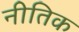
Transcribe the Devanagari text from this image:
नीतिक